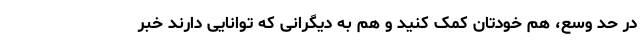
در حد وسع، هم خودتان کمک کنید و هم به دیگرانی که توانایی دارند خبر